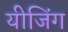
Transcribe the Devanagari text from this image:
यीजिंग